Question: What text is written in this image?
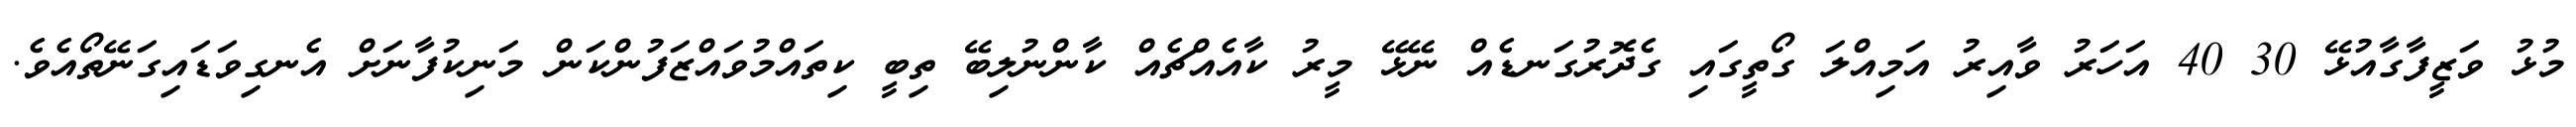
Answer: މުޅު ވަޒީފާގާއުޅޭ 30 40 އަހަރު ވާއިރު އަމިއްލަ ގޯތީގައި ގެދޮރުގަނޑެއް ނޭޅޭ މީރު ކާއެއްޗެއް ކާންނުލިބޭ ތިބީ ކިތައްމުވައްޒަފުންކަން މަނިކުފާނަށް އެނގިވަޑައިގަނޭތޯއެވެ.